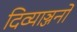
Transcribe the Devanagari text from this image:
दिव्याञ्जनों